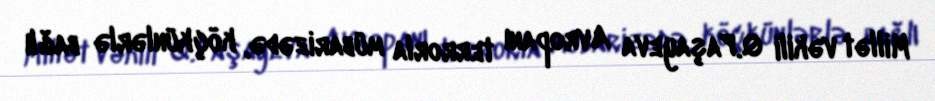
Millət vəkili Q.Paşayeva Avropanı terrorla mübarizədə, köçkünlərlə bağlı